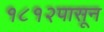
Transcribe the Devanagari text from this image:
१८१२पासून